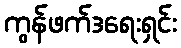
ကွန်ဖက်ဒရေးရှင်း